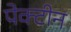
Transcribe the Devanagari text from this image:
पेक्टीन